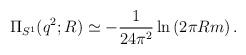
LaTeX: \begin{align*}\Pi_{S^1}(q^2;R)\simeq -{1\over 24\pi^2}\ln \left(2\pi R m\right).\end{align*}